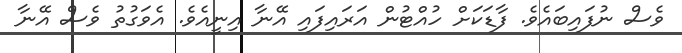
ވެސް ނުފައިބައެވެ. ފާޑަކަށް ހުއްޓުން އަރައިފައި އޭނާ އިނީއެެވެ. އެވަގުތު ވެސް އޭނާ